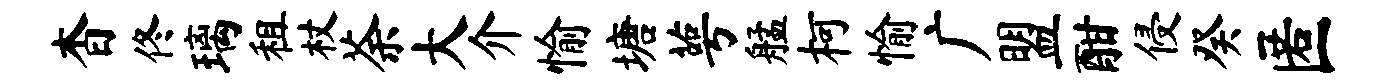
杳佟璃租杖荼大介愉塘萼艋柯愉广盟酣侵癸匿